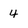
Character: 4